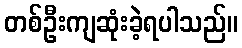
တစ်ဦးကျဆုံးခဲ့ရပါသည်။